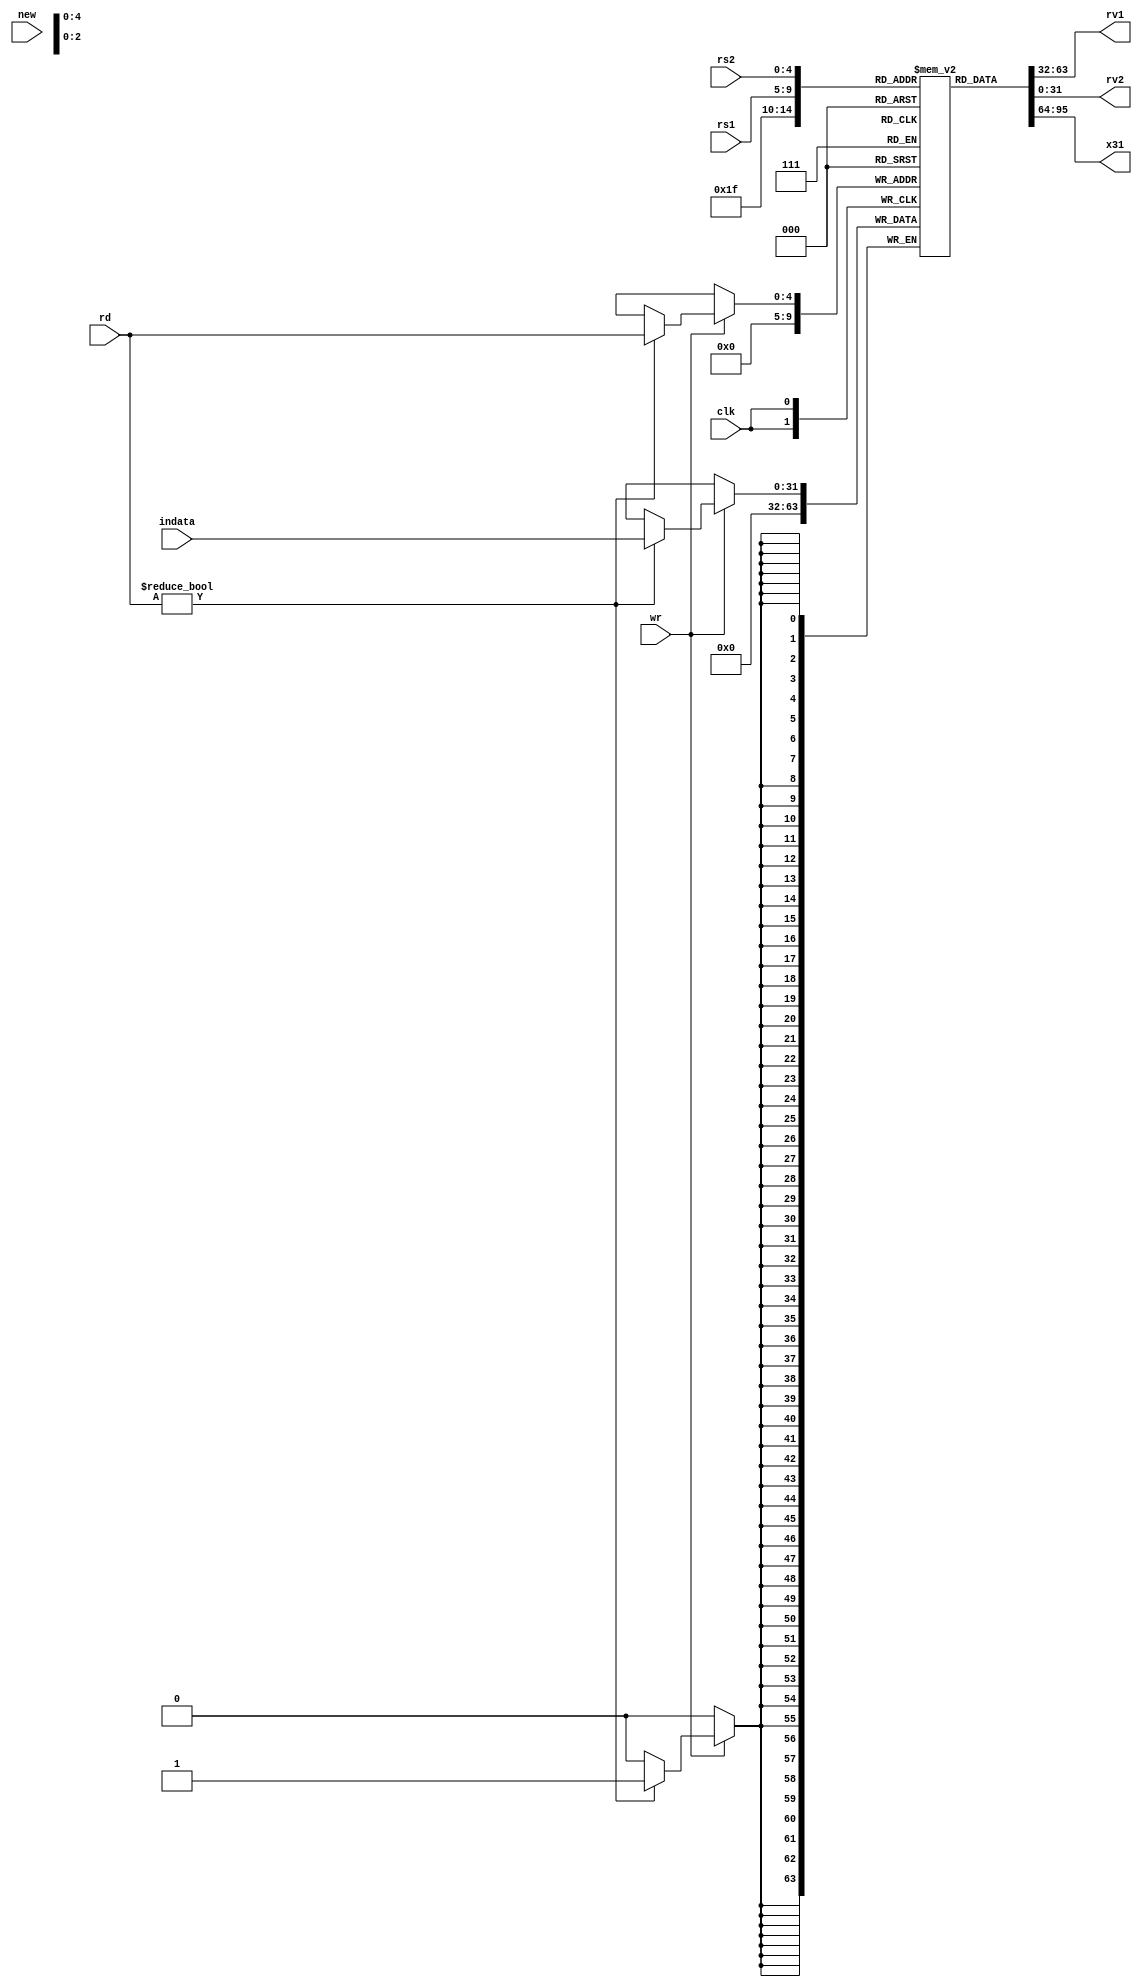
`timescale 1ns / 1ps
//////////////////////////////////////////////////////////////////////////////////
// Company: 
// Engineer: 
// 
// Design Name: 
// Module Name:    registers 
// Project Name: 
// Target Devices: 
// Tool versions: 
// Description: 
//
// Dependencies: 
//
// Revision: 
// Revision 0.01 - File Created
// Additional Comments: 
//
//////////////////////////////////////////////////////////////////////////////////
module registers( rs1,rs2,rd,wr,indata,rv1,rv2,x31,new,clk
    );
	 input wire new,clk;
    input [4:0] rs1,rs2;
    input wr;
	 input [4:0] rd;
	 input [31:0] indata;
	 output wire [31:0] rv1,rv2;
	 output wire [31:0] x31;
	 reg [31:0]RF[0:31];
	 
	 integer i;
	 initial begin
	 RF[0]=0;
	 for (i=1;i<32;i=i+1) begin
	 RF[i]=2; 
	 end
	 end
	 assign x31=RF[31];
	 assign R3=RF[3];
	 assign R4=RF[4];


	 assign  rv1=RF[rs1];
	 assign  rv2=RF[rs2];
	
	 always@(negedge clk) begin
	 if (wr) begin
	 if (rd) begin
	 RF[rd]<=indata;
	 RF[0]<=0;
	 end
    end
	 end
	 
	
    endmodule